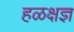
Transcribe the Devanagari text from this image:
हळक्षज्ञ